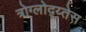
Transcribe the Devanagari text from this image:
त्रोग्लोद्य्तेस